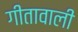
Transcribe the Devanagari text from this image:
गीतावाली